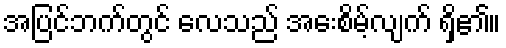
အပြင်ဘက်တွင် လေသည် အေးစိမ့်လျက် ရှိ၏။